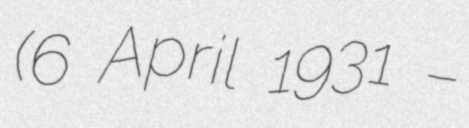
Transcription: (6 April 1931 –